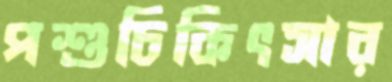
পশুচিকিৎসার